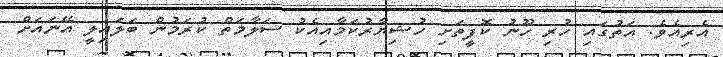
އެރިއެވެ. އަތުގައި ހުރި ހޫނު ކޮފީތަށި ހުޝިޔާރުކަމާއިއެކު ސަލާމަތް ކުރަމުން ބަލައިލީ އޭނައަށް